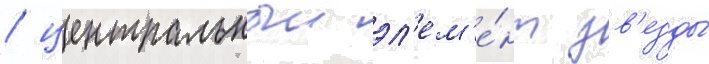
/ центральныи эл'ем'е́нт зв'езды́